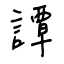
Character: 譚